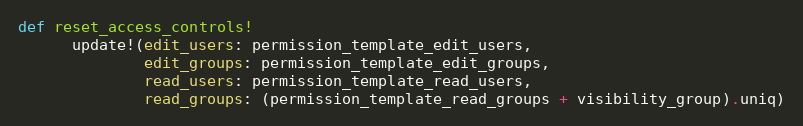
Language: Ruby
def reset_access_controls!
      update!(edit_users: permission_template_edit_users,
              edit_groups: permission_template_edit_groups,
              read_users: permission_template_read_users,
              read_groups: (permission_template_read_groups + visibility_group).uniq)